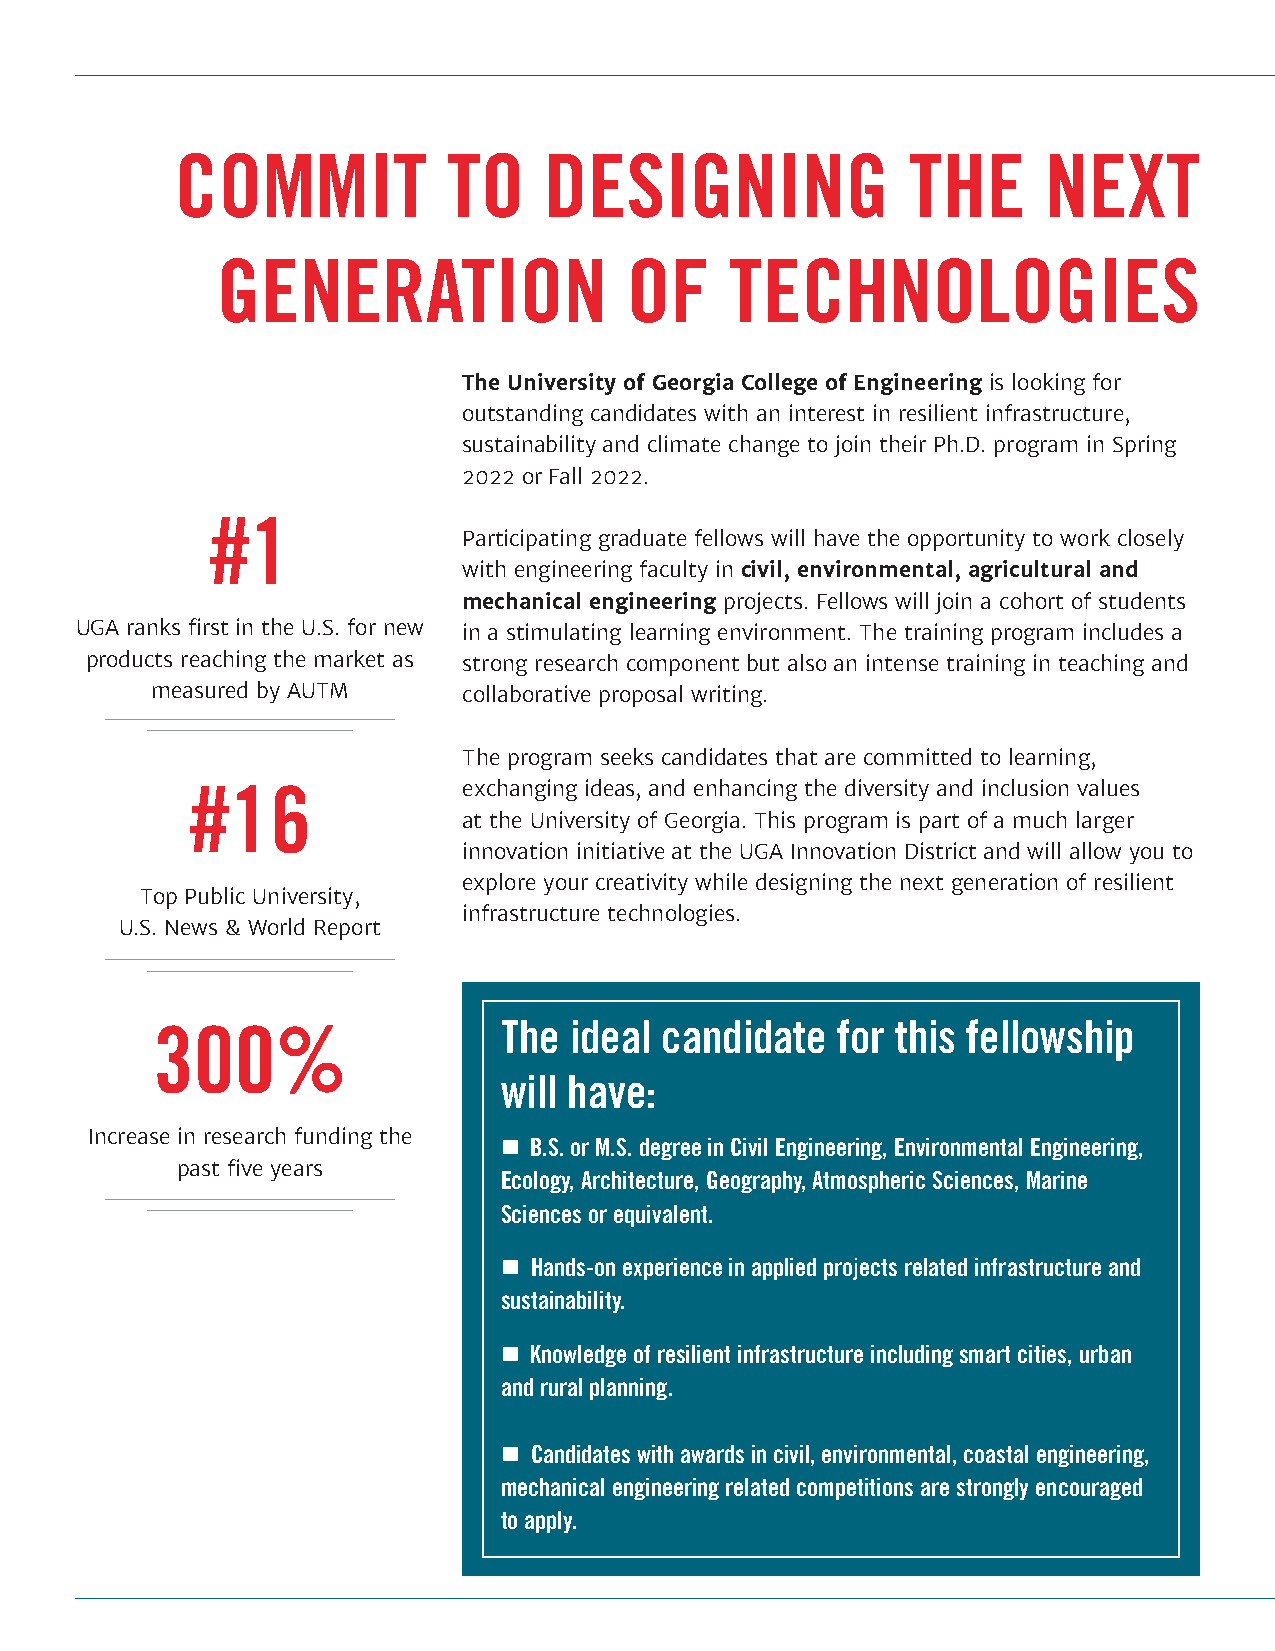
COMMIT            TO    DESIGNING               THE      NEXT
 GENERATION                 OF     TECHNOLOGIES
 The University of Georgia College of Engineering is looking for
 outstanding candidates with an interest in resilient infrastructure,
 sustainability and climate change to join their Ph.D. program in Spring
 2022 or Fall 2022.
 #1
 Participating graduate fellows will have the opportunity to work closely
 with engineering faculty in civil, environmental, agricultural and
 mechanical engineering projects. Fellows will join a cohort of students
 UGA ranks first in the U.S. for new in a stimulating learning environment. The training program includes a
 products reaching the market as strong research component but also an intense training in teaching and
 measured by AUTM     collaborative proposal writing.
 The program seeks candidates that are committed to learning,
 #16               exchanging ideas, and enhancing the diversity and inclusion values
 at the University of Georgia. This program is part of a much larger
 innovation initiative at the UGA Innovation District and will allow you to
 explore your creativity while designing the next generation of resilient
 Top Public University,
 infrastructure technologies.
 U.S. News & World Report
 300%                   The  ideal candidate  for this fellowship
 will have:
 Increase in research funding the
 n B.S. or M.S. degree in Civil Engineering, Environmental Engineering,
 past five years
 Ecology, Architecture, Geography, Atmospheric Sciences, Marine
 Sciences or equivalent.
 n Hands-on experience in applied projects related infrastructure and
 sustainability.
 n Knowledge of resilient infrastructure including smart cities, urban
 and rural planning.
 n Candidates with awards in civil, environmental, coastal engineering,
 mechanical engineering related competitions are strongly encouraged
 to apply.